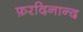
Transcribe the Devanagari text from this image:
फ़रदिनान्द